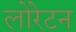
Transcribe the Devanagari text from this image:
लोरेटन